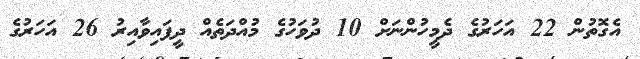
އެގޮތުން 22 އަހަރުގެ ދެމީހުންނަށް 10 ދުވަހުގެ މުއްދަތެއް ދީފައިވާއިރު 26 އަހަރުގެ